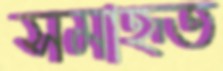
সমাহৃত